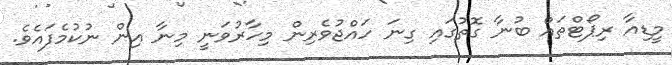
މީޑިއާ ރިޕޯޓްތައް ބުނާ ގޮތުގައި ގިނަ ހައްޖުވެރިން މިހާރުވަނީ މިނާ އިން ނުކުމެފައެވެ.